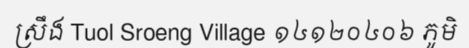
ស្រឹង Tuol Sroeng Village ១៤១២០៤០៦ ភូមិ